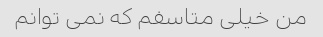
من خیلی متاسفم که نمی توانم